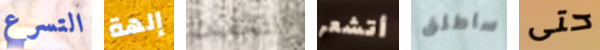
التسرع إلهة التخفيف أتشعر ساطلق حتى